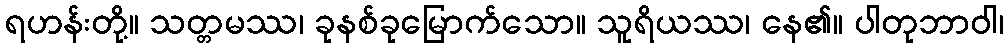
ရဟန်းတို့။ သတ္တမဿ၊ ခုနစ်ခုမြောက်သော။ သူရိယဿ၊ နေ၏။ ပါတုဘာဝါ၊